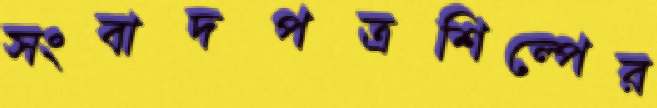
সংবাদপত্রশিল্পের